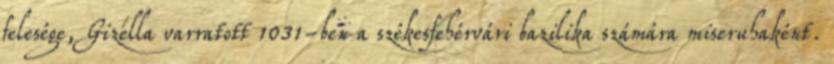
felesége, Gizella varratott 1031-ben a székesfehérvári bazilika számára miseruhaként.